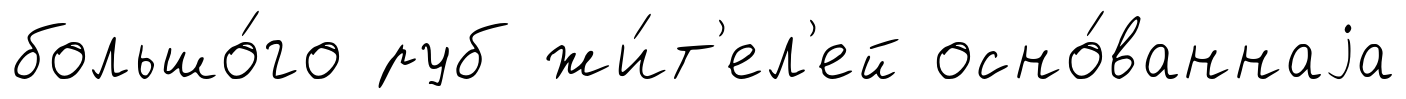
большо́го руб жи́т'ел'ей осно́ваннаjа